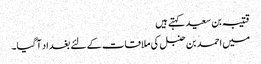
قتیبہ بن سعید کہتے ہیں
میں احمد بن حنبل کی ملاقات کے لئے بغداد آگیا۔